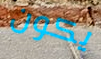
يكون